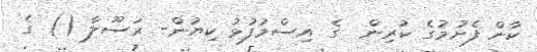
ކާން ފެށުމުގެ ކުރިން  ގެ އިސްމުފުޅު ކިޔުން- ރަސޫލާ () ގެ